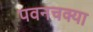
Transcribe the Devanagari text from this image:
पवनचक्या